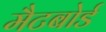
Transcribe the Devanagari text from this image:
मैटबोर्ड